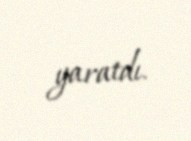
yaratdı.